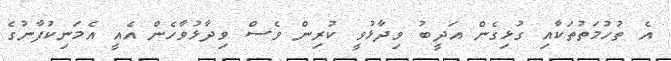
އެ ތުހުމަތުތަކާއި ގުޅިގެން އަދީބު ވިދާޅުވީ ކުރިން ވެސް ވިދާޅުވާހެން އެއީ އެމަނިކުފާނުގެ